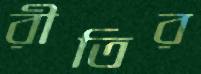
রীতির